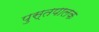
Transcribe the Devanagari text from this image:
पुस्तपालक